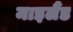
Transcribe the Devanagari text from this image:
माइलैंड